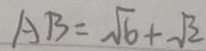
A B = \sqrt { 6 } + \sqrt { 2 }